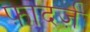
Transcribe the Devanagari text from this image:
फ़ादर्ज़